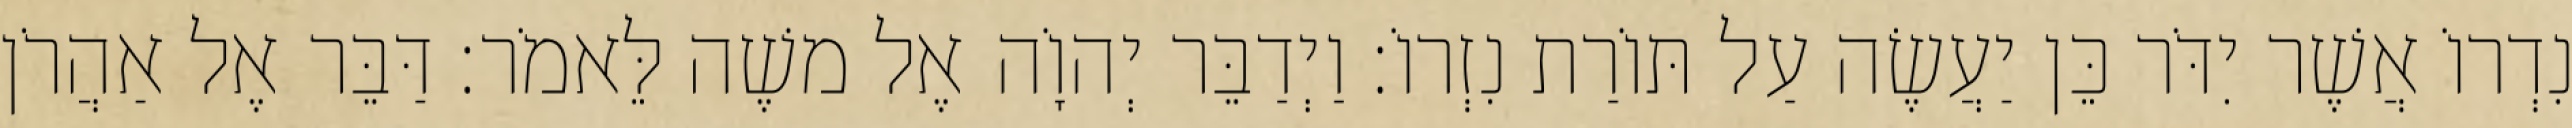
נִדְרוֹ אֲשֶׁר יִדֹּר כֵּן יַעֲשֶׂה עַל תּוֹרַת נִזְרוֹ׃ וַיְדַבֵּר יְהוָֹה אֶל משֶׁה לֵּאמֹר׃ דַּבֵּר אֶל אַהֲרֹן